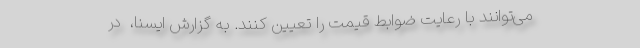
می‌توانند با رعایت ضوابط قیمت را تعیین کنند. به گزارش ایسنا، ‌ در